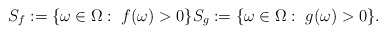
\begin{align*}S_f := \{\omega \in \Omega: \; f(\omega) > 0\} S_g := \{\omega \in \Omega: \; g(\omega) > 0\}.\end{align*}